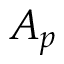
A _ { p }